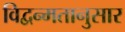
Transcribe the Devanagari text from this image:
विद्वन्मतानुसार